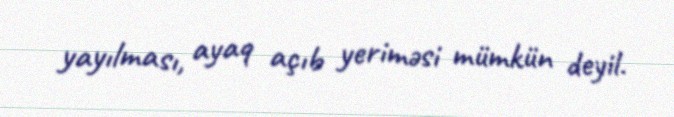
yayılması, ayaq açıb yeriməsi mümkün deyil.